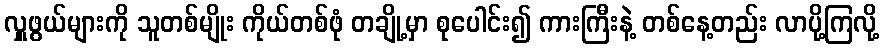
လှူဖွယ်များကို သူတစ်မျိုး ကိုယ်တစ်ဖုံ တချို့မှာ စုပေါင်း၍ ကားကြီးနဲ့ တစ်နေ့တည်း လာပို့ကြလို့